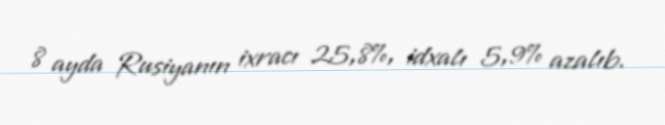
8 ayda Rusiyanın ixracı 25,8%, idxalı 5,9% azalıb.